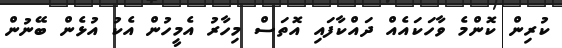
ކުރިން ކޮންމެ ވާހަކައެއް ދައްކާފައި އޮތަސް މިހާރު އެމީހުން އެކު އުޅެން ބޭނުން